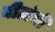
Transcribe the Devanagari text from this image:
वीटांची